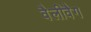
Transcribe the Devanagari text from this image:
वैलीवैग